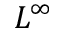
L ^ { \infty }